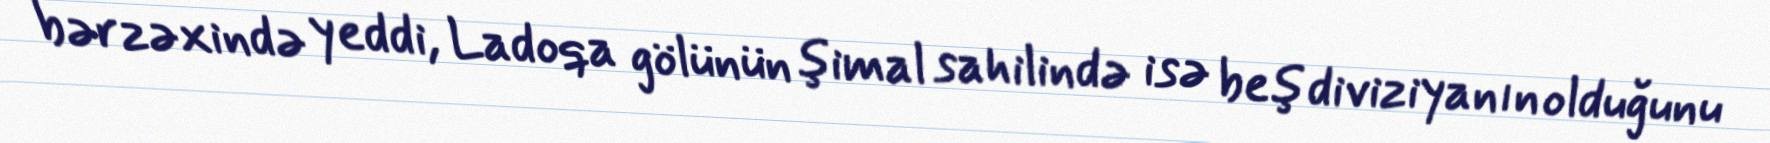
bərzəxində yeddi, Ladoqa gölünün şimal sahilində isə beş diviziyanın olduğunu